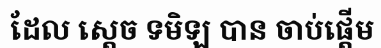
ដែល ស្តេច ទមិឡ បាន ចាប់ផ្តើម